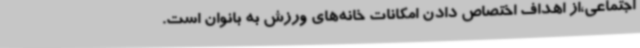
اجتماعی،از اهداف اختصاص دادن امکانات خانه‌های ورزش به بانوان است.